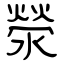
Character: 滎